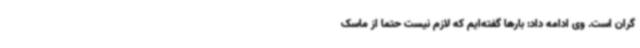
گران است. وی ادامه داد: بارها گفته‌ایم که لازم نیست حتما از ماسک